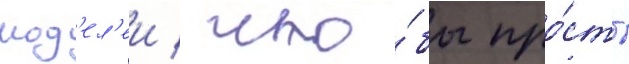
мод'ел'еи / что́бы про́сто